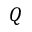
Q